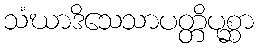
သံဃာဒိသေသာပတ္တိပုစ္ဆာ